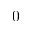
0